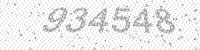
Solution: 934548